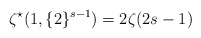
\begin{align*}\zeta^{\star}(1,\{2\}^{s-1})=2\zeta(2s-1)\end{align*}